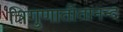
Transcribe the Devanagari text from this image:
त्रिगुणातीतानन्द